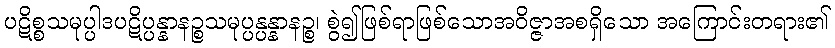
ပဋိစ္စသမုပ္ပါဒပဋိပ္ပန္နာနဉ္စသမုပ္ပန္ပန္နာနဉ္စ၊ စွဲ၍ဖြစ်ရာဖြစ်သောအဝိဇ္ဇာအစရှိသော အကြောင်းတရား၏